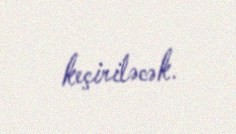
keçiriləcək.